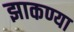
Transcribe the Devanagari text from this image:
झाकण्या